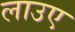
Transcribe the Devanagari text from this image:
लाउए